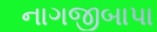
નાગજીબાપા